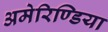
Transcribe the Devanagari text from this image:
अमेरिण्डिया